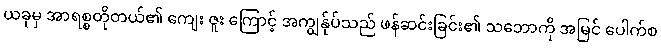
ယခုမှ အာရစ္စတိုတယ်၏ ကျေး ဇူး ကြောင့် အကျွန်ုပ်သည် ဖန်ဆင်းခြင်း၏ သဘောကို အမြင် ပေါက်စ